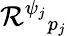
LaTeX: \mathcal{R}^{\psi_{j}}{}_{p_{j}}